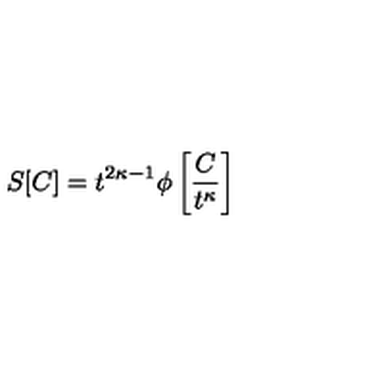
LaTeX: S [ C ] = t ^ { 2 \kappa - 1 } \phi \left[ \frac { C } { t ^ { \kappa } } \right]